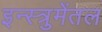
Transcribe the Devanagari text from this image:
इन्स्त्रुमेंतल